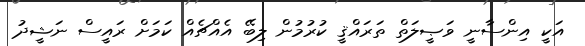
އަކީ އިންސާނީ ވަޞީލަތް ތަރައްޤީ ކުރުމުން ލިބޭ އެއްޗެއް ކަމަށް ރައީސް ނަޝީދު